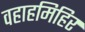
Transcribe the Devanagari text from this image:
वहाहमिहिर